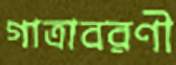
গাত্রাবরণী